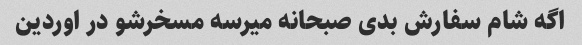
اگه شام سفارش بدی صبحانه میرسه مسخرشو در اوردین